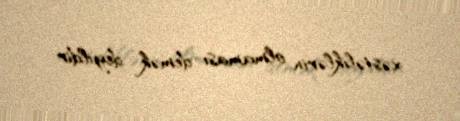
xəstəliklərin olmaması demək deyildir.